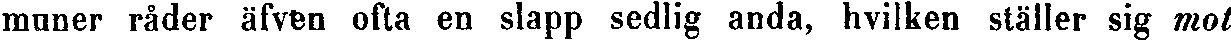
muner råder äfven ofta en slapp sedlig anda, hvilken ställer sig mot